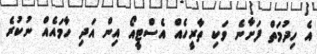
އެ ހިދުމަތް ފަށާނެ ވަކި ތާރީހެއް އެސްޓީއޯ އިން އަދި ހާމައެއް ނުކުރެ